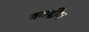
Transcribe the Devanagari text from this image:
वनद्वीप